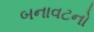
બનાવટનો